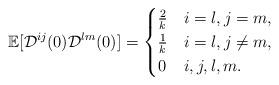
LaTeX: \begin{align*} \mathbb{E}[\mathcal{D}^{ij}(0)\mathcal{D}^{lm}(0)] =\begin{cases}\frac 2k & i = l, j = m, \\\frac 1k & i = l, j \neq m, \\0 & i, j, l, m .\end{cases}\end{align*}